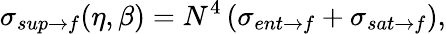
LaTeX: \sigma_{sup\rightarrow f}(\eta,\beta)=N^{4}\left(\sigma_{ent\rightarrow f}+\sigma_{sat\rightarrow f}\right),